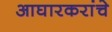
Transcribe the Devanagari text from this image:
आघारकरांचे